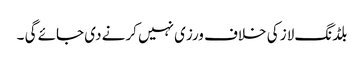
بلڈنگ لاز کی خلاف ورزی نہیں کرنے دی جائے گی ۔